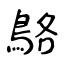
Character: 鴼